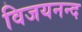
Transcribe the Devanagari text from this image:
विजयनन्द